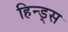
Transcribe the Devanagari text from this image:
हिन्ड्स